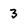
Character: 3